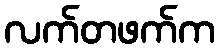
လက်တဖက်က